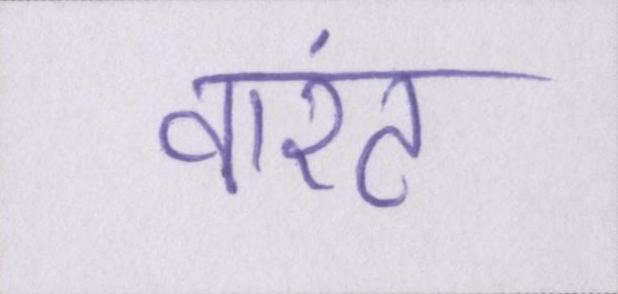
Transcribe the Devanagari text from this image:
वारंट